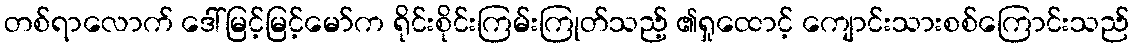
တစ်ရာလောက် ဒေါ်မြင့်မြင့်မော်က ရိုင်းစိုင်းကြမ်းကြုတ်သည့် ၏ရှုထောင့် ကျောင်းသားစစ်ကြောင်းသည်